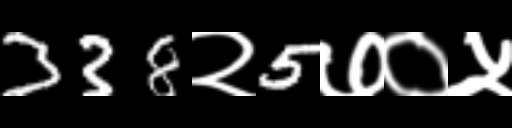
Text: 338२5७०५